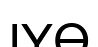
ІҰӨ